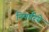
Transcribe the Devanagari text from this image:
नियारिये